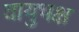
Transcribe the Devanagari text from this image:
वायुभक्ष